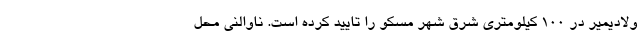
ولادیمیر در 100 کیلومتری شرق شهر مسکو را تایید کرده است. ناوالنی محل